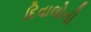
દિવાલોની